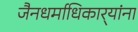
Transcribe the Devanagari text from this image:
जैनधर्माधिकार्‍यांना